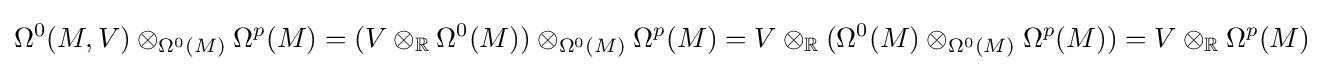
\Omega ^{0}(M,V)\otimes _{\Omega ^{0}(M)}\Omega ^{p}(M)=(V\otimes _{\mathbb {R} }\Omega ^{0}(M))\otimes _{\Omega ^{0}(M)}\Omega ^{p}(M)=V\otimes _{\mathbb {R} }(\Omega ^{0}(M)\otimes _{\Omega ^{0}(M)}\Omega ^{p}(M))=V\otimes _{\mathbb {R} }\Omega ^{p}(M)